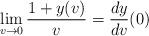
LaTeX: \begin{align*} \lim_{v\rightarrow 0}\frac{1+y(v)}{v}=\frac{dy}{dv}(0)\end{align*}